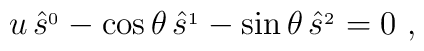
u\,\hat s^{_0}-\cos\theta\,\hat s^{_1}-\sin\theta\,\hat s^{_2}= 0\   ,